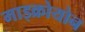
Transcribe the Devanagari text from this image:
माइक्रोयोन